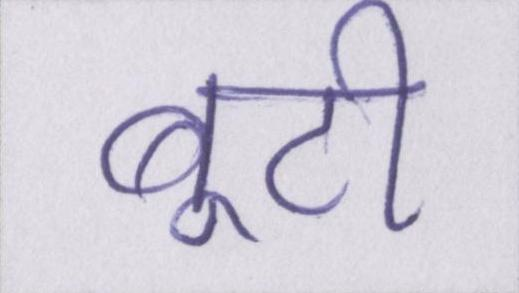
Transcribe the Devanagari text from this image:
बूटी